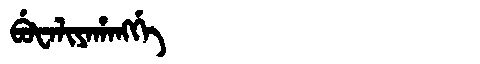
Manchu: ᠪᡠᡶᠠᠯᡳᠶᠠᡥᠠᠩᡤᡝ
Romanization: BUFALIYAHANGGE